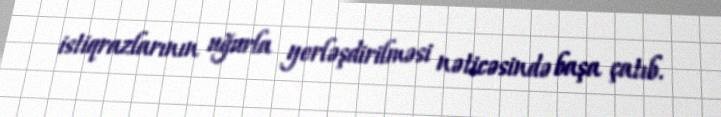
istiqrazlarının uğurla yerləşdirilməsi nəticəsində başa çatıb.